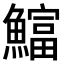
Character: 𫙻